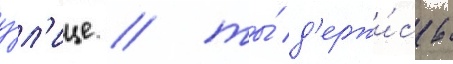
у́л'ице / ты́ д'ержи́сь